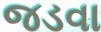
જડવા